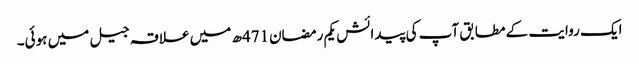
ایک روایت کے مطابق آپ کی پیدائش یکم رمضان471ھ میں علاقہ جیل میں ہوئی۔